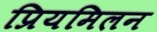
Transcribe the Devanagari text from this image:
प्रियमिलन